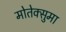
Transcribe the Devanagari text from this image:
मोतेक्सुमा